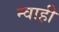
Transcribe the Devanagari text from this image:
न्वाही